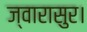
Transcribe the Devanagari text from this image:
ज्वारासुर।